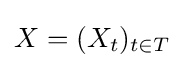
X=(X_{t})_{t\in T}